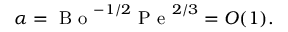
\alpha = \mathrm { ~ B ~ o ~ } ^ { - 1 / 2 } \mathrm { ~ P ~ e ~ } ^ { 2 / 3 } = O ( 1 ) .